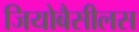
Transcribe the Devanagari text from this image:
जियोबैसीलस